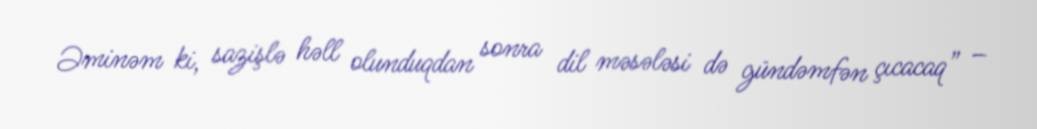
Əminəm ki, sazişlə həll olunduqdan sonra dil məsələsi də gündəmfən çıcacaq” –